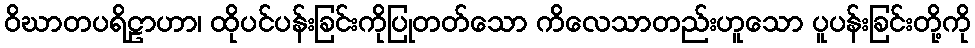
ဝိဃာတပရိဠာဟာ၊ ထိုပင်ပန်းခြင်းကိုပြုတတ်သော ကိလေသာတည်းဟူသော ပူပန်းခြင်းတို့ကို